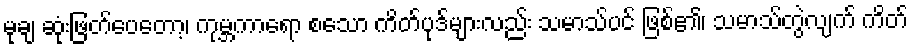
မုချ ဆုံးဖြတ်ပေတော့၊ ကုမ္ဘကာရော စသော ကိတ်ပုဒ်များလည်း သမာသ်ပင် ဖြစ်၏၊ သမာသ်တွဲလျက် ကိတ်